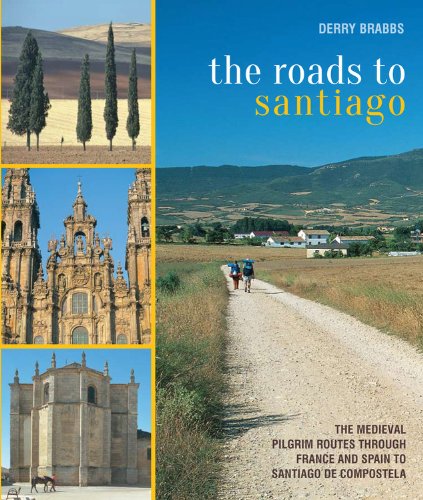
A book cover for The Roads to Santiago: The Medieval Pilgrim Routes Through France And  Spain To Santiago De Compostela; Travel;